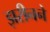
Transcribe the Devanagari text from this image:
झरीनने